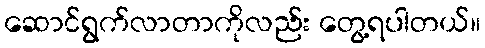
ဆောင်ရွက်လာတာကိုလည်း တွေ့ရပါတယ်။